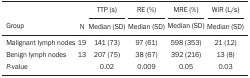
<table><thead><tr><td><b> </b></td><td><b> </b></td><td><b>TTP (s)</b></td><td><b> </b></td><td><b>RE (%)</b></td><td><b> </b></td><td><b>MRE (%)</b></td><td><b> </b></td><td><b>WiR (L/s)</b></td></tr><tr><td><b>Group</b></td><td><b>N</b></td><td><b>Median (SD)</b></td><td><b> </b></td><td><b>Median (SD)</b></td><td><b> </b></td><td><b>Median (SD)</b></td><td><b> </b></td><td><b>Median (SD)</b></td></tr></thead><tbody><tr><td>Malignant lymph nodes</td><td>19</td><td>141 (73)</td><td> </td><td>97 (61)</td><td> </td><td>598 (353)</td><td> </td><td>21 (12)</td></tr><tr><td>Benign lymph nodes</td><td>13</td><td>207 (75)</td><td> </td><td>38 (67)</td><td> </td><td>392 (216)</td><td> </td><td>13 (8)</td></tr><tr><td><i>P-</i>value</td><td> </td><td>0.02</td><td> </td><td>0.009</td><td> </td><td>0.05</td><td> </td><td>0.03</td></tr></tbody></table>